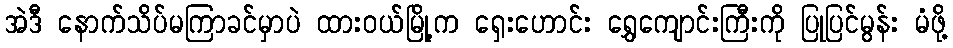
အဲဒီ နောက်သိပ်မကြာခင်မှာပဲ ထားဝယ်မြို့က ရှေးဟောင်း ရွှေကျောင်းကြီးကို ပြုပြင်မွန်း မံဖို့